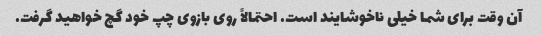
آن وقت برای شما خیلی ناخوشایند است. احتمالاً روی بازوی چپ خود گچ خواهید گرفت.